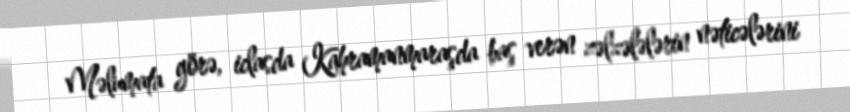
Məlumata görə, iclasda Kahramanmaraşda baş verən zəlzələlərin nəticələrini